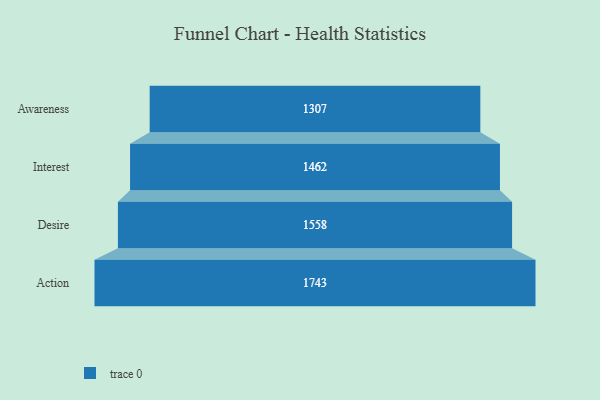
{"axis": {"x": "Stage", "y": "Value"}, "legend": [""], "data": [{"x": "Awareness", "y": 1307.0, "type": ""}, {"x": "Interest", "y": 1462.0, "type": ""}, {"x": "Desire", "y": 1558.0, "type": ""}, {"x": "Action", "y": 1743.0, "type": ""}]}